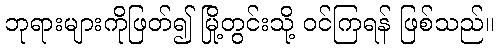
ဘုရားများကိုဖြတ်၍ မြို့တွင်းသို့ ဝင်ကြရန် ဖြစ်သည်။